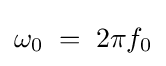
\omega _{0}\;=\;2\pi f_{0}